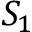
S _ { 1 }